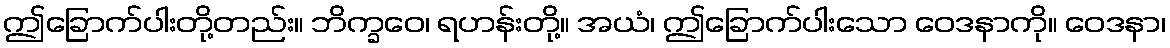
ဤခြောက်ပါးတို့တည်း။ ဘိက္ခဝေ၊ ရဟန်းတို့။ အယံ၊ ဤခြောက်ပါးသော ဝေဒနာကို။ ဝေဒနာ၊